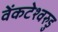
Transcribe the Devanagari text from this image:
वेंकटेश्वरुडु